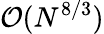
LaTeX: {\cal O}(N^{8/3})